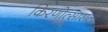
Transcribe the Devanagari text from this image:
किरणोत्साराला